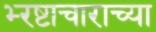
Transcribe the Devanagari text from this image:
भ्‍रष्टाचाराच्या